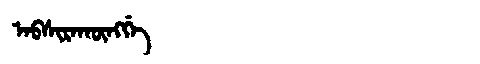
Manchu: ᠠᠪᠰᡳᡵᠠᡴᡡᠩᡤᡝ
Romanization: ABSIRAKŪNGGE